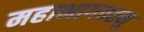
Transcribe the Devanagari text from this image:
महाभागवतमु